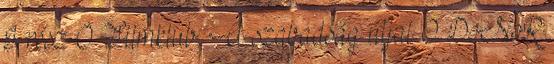
I. rész 0 Filmklub: A szabadság útjai 0 DoNoR